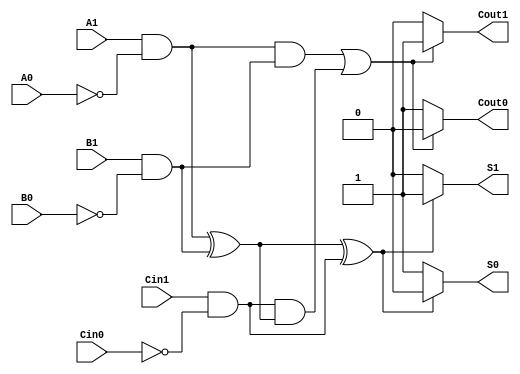
module dual_rail_full_adder (
    input wire A1, A0,  // Dual-rail representation of input A
    input wire B1, B0,  // Dual-rail representation of input B
    input wire Cin1, Cin0, // Dual-rail representation of carry-in
    output wire S1, S0, // Dual-rail representation of sum output
    output wire Cout1, Cout0 // Dual-rail representation of carry output
);

// Intermediate signals for the logic
wire A = A1 & ~A0; // A is true if A1 is high and A0 is low
wire B = B1 & ~B0; // B is true if B1 is high and B0 is low
wire Cin = Cin1 & ~Cin0; // Cin is true if Cin1 is high and Cin0 is low

// Sum logic: S = A XOR B XOR Cin
wire sum_ab = A ^ B; // A XOR B
wire sum = sum_ab ^ Cin; // (A XOR B) XOR Cin

// Carry logic: Cout = (A AND B) OR (Cin AND (A XOR B))
wire carry_ab = A & B; // A AND B
wire carry_cin = Cin & sum_ab; // Cin AND (A XOR B)
wire carry = carry_ab | carry_cin; // (A AND B) OR (Cin AND (A XOR B))

// Output assignments based on the computed logic
assign S1 = sum ? 1'b1 : 1'b0; // S1 is high if sum is true
assign S0 = sum ? 1'b0 : 1'b1; // S0 is low if sum is true

assign Cout1 = carry ? 1'b1 : 1'b0; // Cout1 is high if carry is true
assign Cout0 = carry ? 1'b0 : 1'b1; // Cout0 is low if carry is true

endmodule